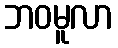
ဘဝမူလာ